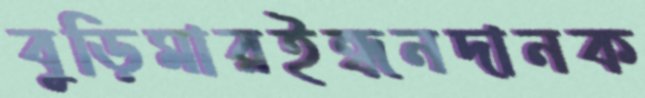
বুড়িমারইন্ধনদানক